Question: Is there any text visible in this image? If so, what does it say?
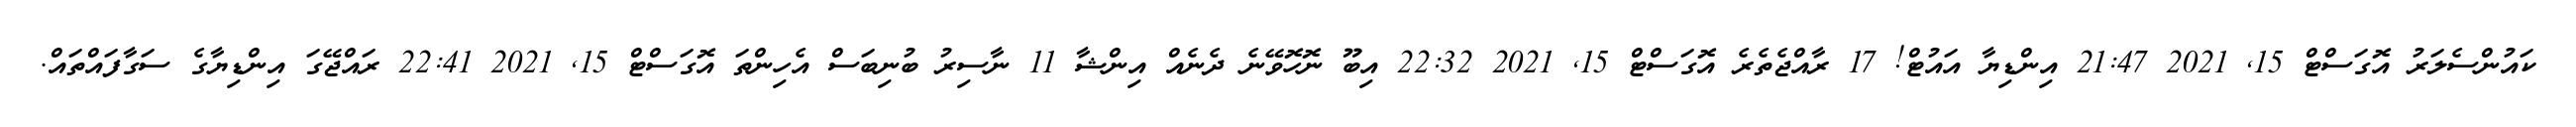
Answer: ކައުންސެލަރު އޮގަސްޓް 15, 2021 21:47 އިންޑިޔާ އައުޓް! 17 ރާއްޖެތެރެ އޮގަސްޓް 15, 2021 22:32 އިބޫ ނޮހޮވޭނެ ދެނެއް އިންޝާ 11 ނާސިރު ބުނިބަސް އެހިންތަ އޮގަސްޓް 15, 2021 22:41 ރައްޖޭގަ އިންޑިޔާގެ ސަގާފައްތައް.